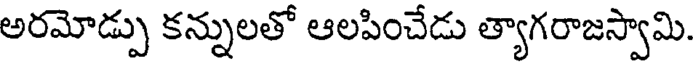
అరమోడ్పు కన్నులతో ఆలపించేడు త్యాగరాజస్వామి.